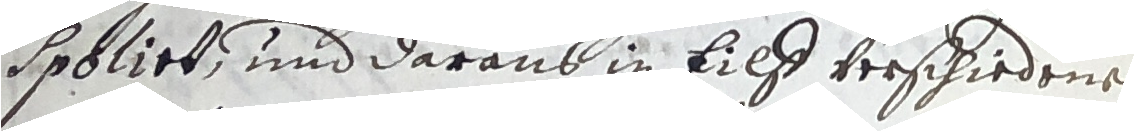
spbliet, und daraus in Eilß verschiedene